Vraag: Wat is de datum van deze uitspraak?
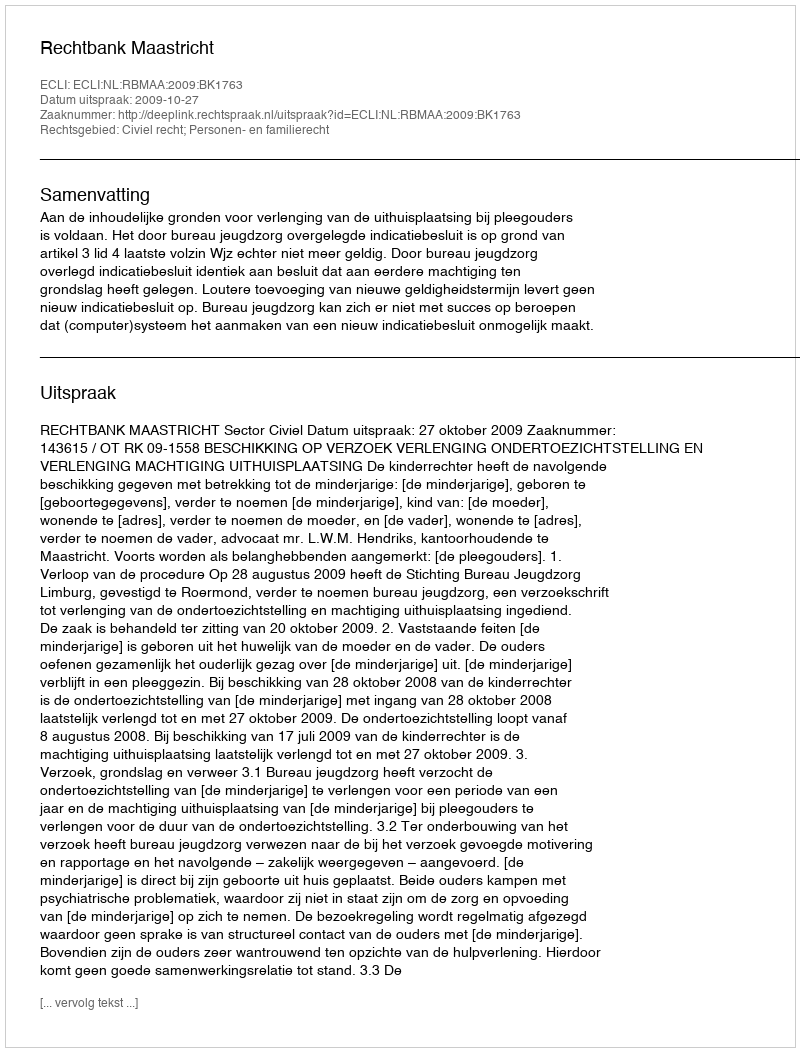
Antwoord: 2009-10-27